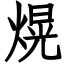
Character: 熀